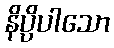
နိပ္ပိပါသော